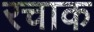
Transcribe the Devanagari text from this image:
रचाक